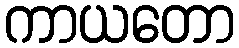
ကာယတော